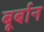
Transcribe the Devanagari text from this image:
बूर्बान